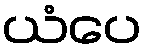
ယံပေ